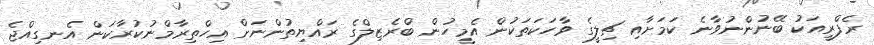
ރެފްރީއަކު ބޭނުންނުވާނެ ކަމަށާއި ޗިލީގެ ވާހަކަތަކުން އެމީހުން ބްރެޒިލްގެ ރައްޔިތުންނަށް އިހްތިރާމްނުކުރާކަން އެނގިއްޖެ